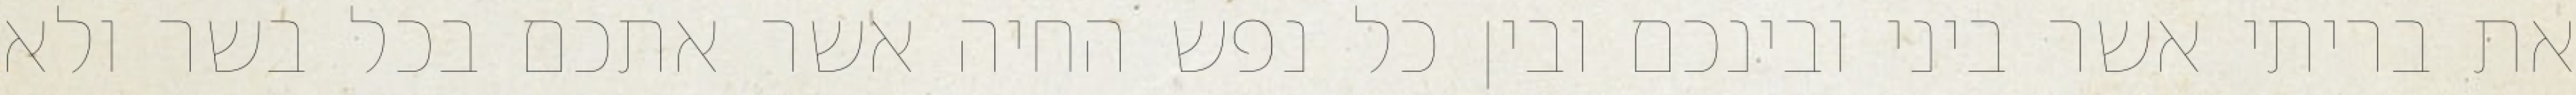
את בריתי אשר ביני ובינכם ובין כל נפש החיה אשר אתכם בכל בשר ולא